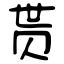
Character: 贳